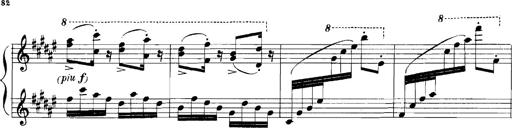
Title: Rhapsodies hongroises
Composer: Franz Liszt